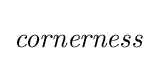
{\mathit {cornerness}}